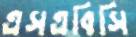
এসএবিসি